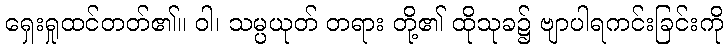
ရှေးရှုထင်တတ်၏။ ဝါ၊ သမ္ပယုတ် တရား တို့၏ ထိုသုခ၌ ဗျာပါရကင်းခြင်းကို